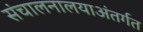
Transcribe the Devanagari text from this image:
संचालनालयाअंतर्गत